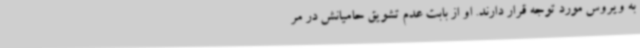
به ویروس مورد توجه قرار دارند. او از بابت عدم تشویق حامیانش در مر